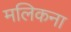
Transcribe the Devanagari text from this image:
मलिकना